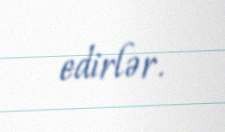
edirlər.